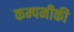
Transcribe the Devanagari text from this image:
कम्पनीकी